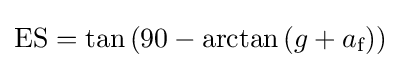
{\text{ES}}=\tan \left(90-\arctan \left(g+a_{\text{f}}\right)\right)